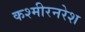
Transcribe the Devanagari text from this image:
कश्मीरनरेश